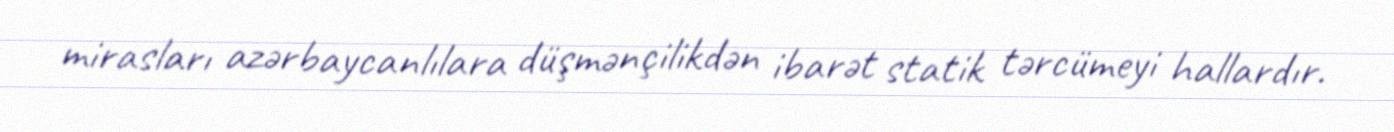
mirasları azərbaycanlılara düşmənçilikdən ibarət statik tərcümeyi hallardır.